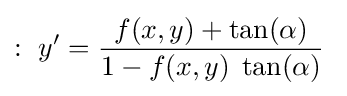
:\ y'={\frac {f(x,y)+\tan(\alpha )}{1-f(x,y)\;\tan(\alpha )}}\